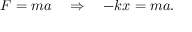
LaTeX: F = m a \quad \Rightarrow \quad - k x = m a .